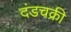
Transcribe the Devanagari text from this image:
दंडचक्री